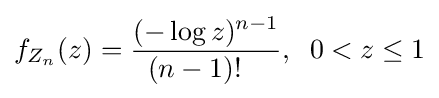
f_{Z_{n}}(z)={\frac {(-\log z)^{n-1}}{(n-1)!\;\;\;}},\;\;0<z\leq 1